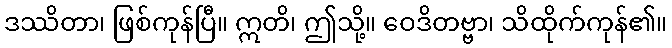
ဒဿိတာ၊ ဖြစ်ကုန်ပြီ။ ဣတိ၊ ဤသို့။ ဝေဒိတဗ္ဗာ၊ သိထိုက်ကုန်၏။